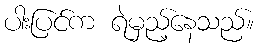
ပါးပြင်က ရဲမှည့်နေသည်။